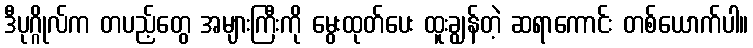
ဒီပုဂ္ဂိုလ်က တပည့်တွေ အများကြီးကို မွေးထုတ်ပေး ထူးချွန်တဲ့ ဆရာကောင်း တစ်ယောက်ပါ။